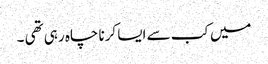
میں کب سے ایسا کرنا چاہ رہی تھی ۔